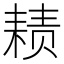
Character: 𱻴